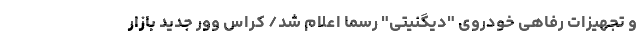
و تجهیزات رفاهی خودروی "دیگنیتی" رسما اعلام شد/ کراس وور جدید بازار